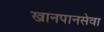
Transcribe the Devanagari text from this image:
खानपानसेवा